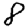
Digit: 8